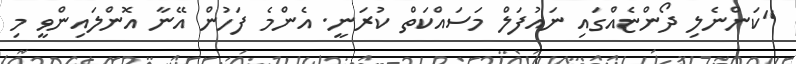
"ކަންނެލި ދޯންޏެއްގައި ނައުފަލް މަސައްކަތް ކުރަނީ. އެންމެ ފަހުން އޭނާ އޮންލައިންވީ މި